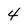
Character: 4